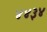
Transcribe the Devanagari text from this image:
४४३४